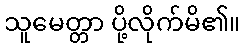
သူမေတ္တာ ပို့လိုက်မိ၏။